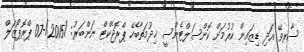
ސާރވޭ އަދި ޑިޒައިން ކުރުމަށް ކޮންސަލްޓެންސީ ޚިދުމަތާބެހޭ ޕްރޮޖެކްޓް ނަންބަރު: /2015/-07 ޕްރޮޕޯޒަލް